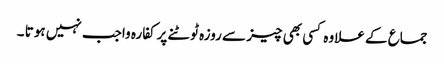
جماع کے علاوہ کسی بھی چیز سے روزہ ٹوٹنے پرکفارہ واجب نہیں ہوتا ۔